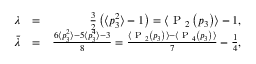
\begin{array} { r l r } { \lambda } & { = } & { \frac { 3 } { 2 } \left( \langle p _ { 3 } ^ { 2 } \rangle - 1 \right) = \langle \textrm { P } _ { 2 } \left( p _ { 3 } \right) \rangle - 1 , } \\ { \bar { \lambda } } & { = } & { \frac { 6 \langle p _ { 3 } ^ { 2 } \rangle - 5 \langle p _ { 3 } ^ { 4 } \rangle - 3 } { 8 } = \frac { \langle \textrm { P } _ { 2 } \left( p _ { 3 } \right) \rangle - \langle \textrm { P } _ { 4 } \left( p _ { 3 } \right) \rangle } { 7 } - \frac { 1 } { 4 } , } \end{array}